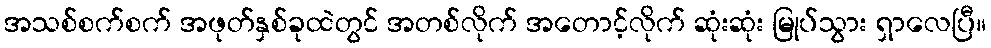
အသစ်စက်စက် အဖုတ်နှစ်ခုထဲတွင် အတစ်လိုက် အတောင့်လိုက် ဆုံးဆုံး မြုပ်သွား ရှာလေပြီ။